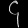
Digit: ၄